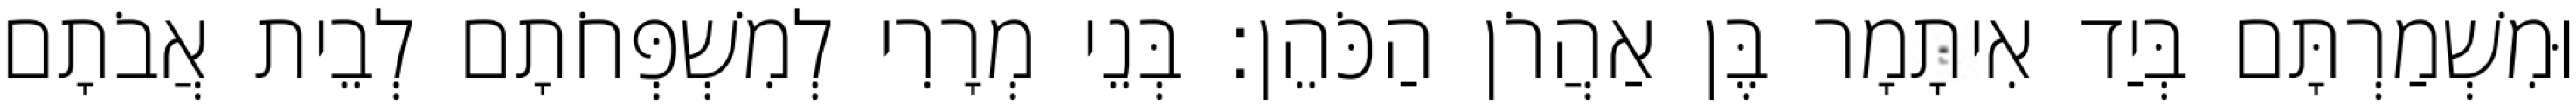
וּמִשְׁמַרְתָּם בְּיַד אִיתָמָר בֶּן אַהֲרֹן הַכֹּהֵן׃ בְּנֵי מְרָרִי לְמִשְׁפְּחֹתָם לְבֵית אֲבֹתָם